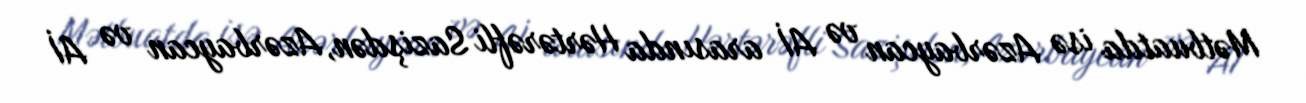
Mətbuatda isə Azərbaycan və Aİ arasında Hərtərəfli Sazişdən, Azərbaycan və Aİ